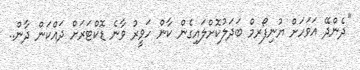
''ދެންދޭ އަވަހަށް ޔުނިފޯރމް ބަދަލުކޮށްލައިގެން ކާން ހަވީރު ވާނެ ޑޮކްޓަރަށް ދައްކަން ދާން..